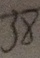
3 8